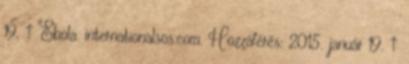
19. ↑ Ebola. internationalsos.com. Hozzáférés: 2015. január 19. ↑